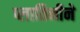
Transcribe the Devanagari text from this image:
प्लातिनीने